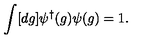
\int [ d g ] \psi ^ { \dagger } ( g ) \psi ( g ) = 1 .